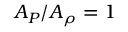
A _ { P } / A _ { \rho } = 1